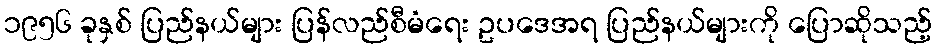
၁၉၅၆ ခုနှစ် ပြည်နယ်များ ပြန်လည်စီမံရေး ဥပဒေအရ ပြည်နယ်များကို ပြောဆိုသည့်